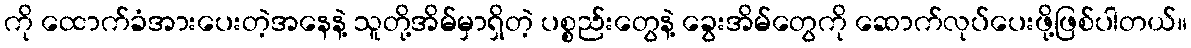
ကို ထောက်ခံအားပေးတဲ့အနေနဲ့ သူတို့အိမ်မှာရှိတဲ့ ပစ္စည်းတွေနဲ့ ခွေးအိမ်တွေကို ဆောက်လုပ်ပေးဖို့ဖြစ်ပါတယ်။